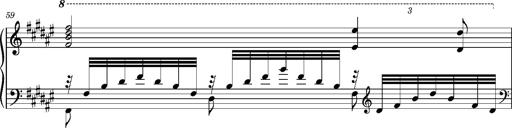
Title: Cavatine de Robert le Diable
Composer: Franz Liszt
Key: F-sharp minor